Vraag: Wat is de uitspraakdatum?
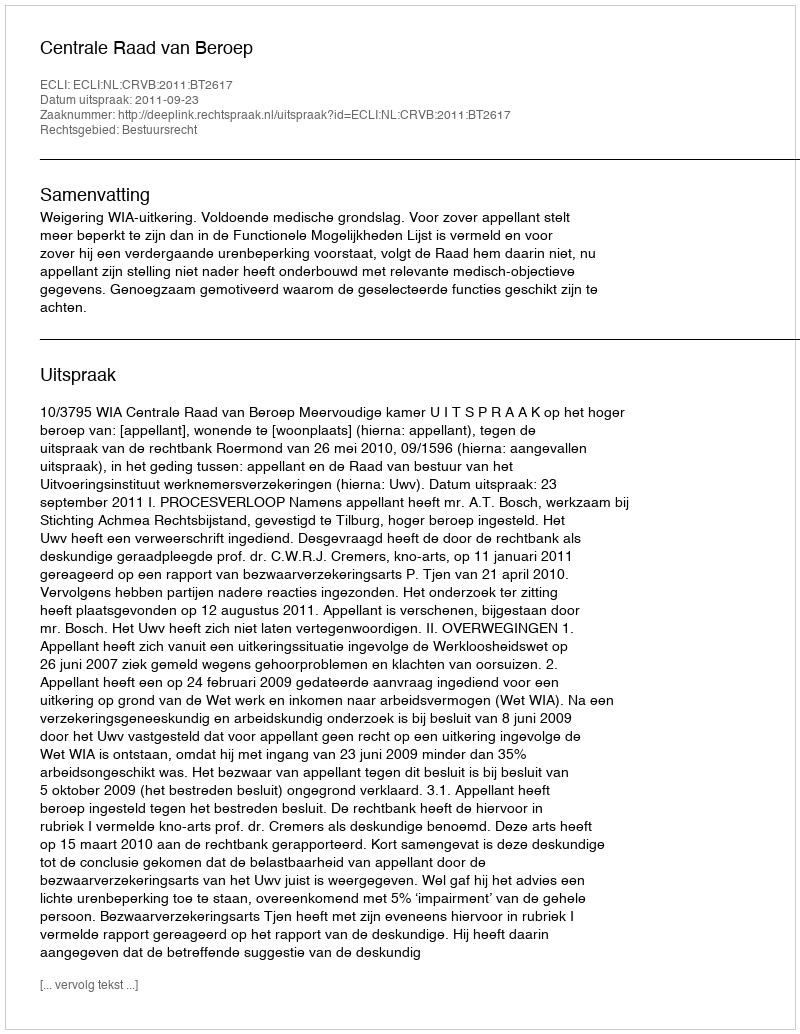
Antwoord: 2011-09-23